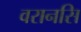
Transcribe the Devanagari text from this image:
वरानसि